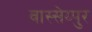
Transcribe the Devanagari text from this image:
वास्सेय्पुर